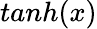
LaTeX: tanh(x)